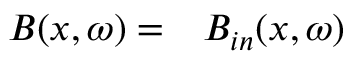
\begin{array} { r l } { B ( x , \omega ) = } & { { } B _ { i n } ( x , \omega ) } \end{array}